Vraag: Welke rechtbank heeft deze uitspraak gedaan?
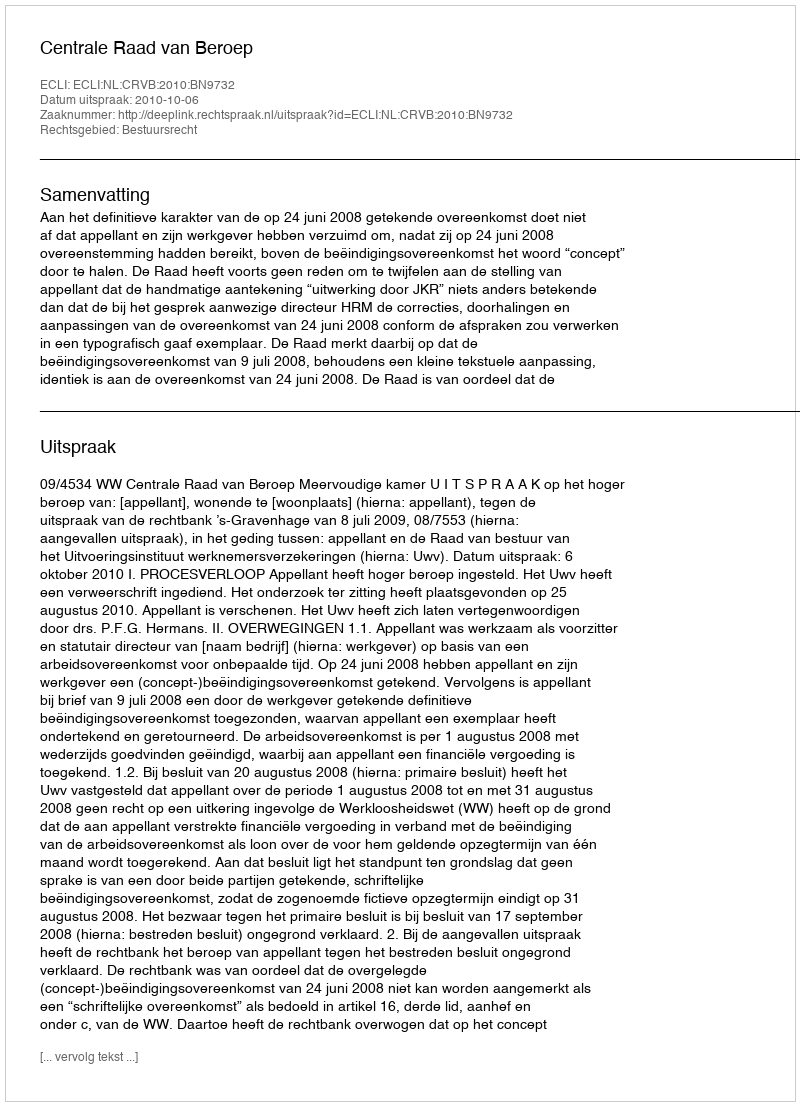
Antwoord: Centrale Raad van Beroep